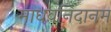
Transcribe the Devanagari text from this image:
माधवनिदानम